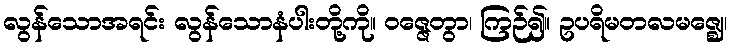
လွန်သောအရင်း လွန်သောနံပါးတို့ကို။ ဝဇ္ဇေတွာ၊ ကြဉ်၍။ ဥပရိမတလမဇ္ဈေ၊